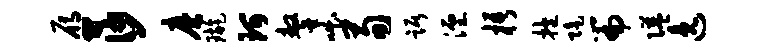
雁莎磨璇珂鏊咄荀踞湮梧抱陡篇隘逸